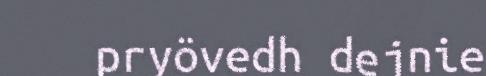
pryövedh dejnie